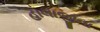
હાલાજીના